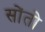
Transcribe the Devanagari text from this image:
सोंतो